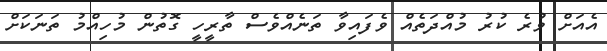
އެއަށް ވުރެ ކުރު މުއްދަތެއް ވެފައިވާ ތަނެއްވެސް ތާރީހީ ގޮތުން މުހިއްމު ތަނަކަށް